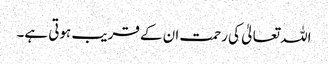
اللہ تعالیٰ کی رحمت ان کے قریب ہوتی ہے۔